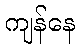
ကျန်နေ